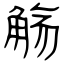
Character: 觞